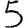
Digit: 5